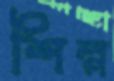
শিল্প